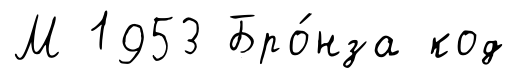
М 1953 Бро́нза код